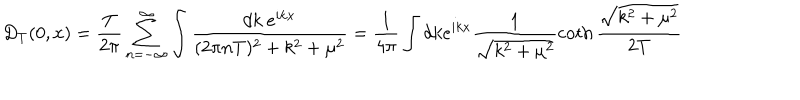
D _ { T } ( 0 , x ) = \frac { T } { 2 \pi } \sum _ { n = - \infty } ^ { \infty } \int \frac { d k ~ e ^ { i k x } } { ( 2 \pi n T ) ^ { 2 } + k ^ { 2 } + \mu ^ { 2 } } = \frac { 1 } { 4 \pi } \int d k e ^ { i k x } \frac { 1 } { \sqrt { k ^ { 2 } + \mu ^ { 2 } } } \coth \frac { \sqrt { k ^ { 2 } + \mu ^ { 2 } } } { 2 T }